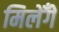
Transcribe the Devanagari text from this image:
मिलेँगे